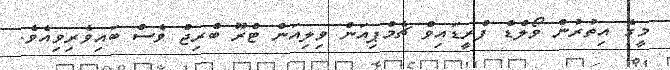
މީގެ އިތުރުން ވޯލްޑް ފްރީޑައިވް ޗެމްޕިއަން ވިލިއަން ޓްރޫ ބްރިޖް ވެސް ބައިވެރިވިއެވެ.